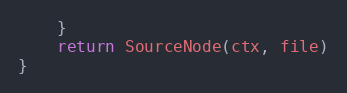
Language: Go
	}
	return SourceNode(ctx, file)
}